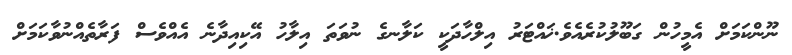
ނޫންކަމަށް އެމީހުން ގަބޫލުކުރެއެވެ.ޚައްޓަރު އިލްހާދަކީ ކަލާނގެ ނުވަތަ އިލާހު އޭކިއިދާނެ އެއްވެސް ފަރާތެއްނުވާކަމަށް